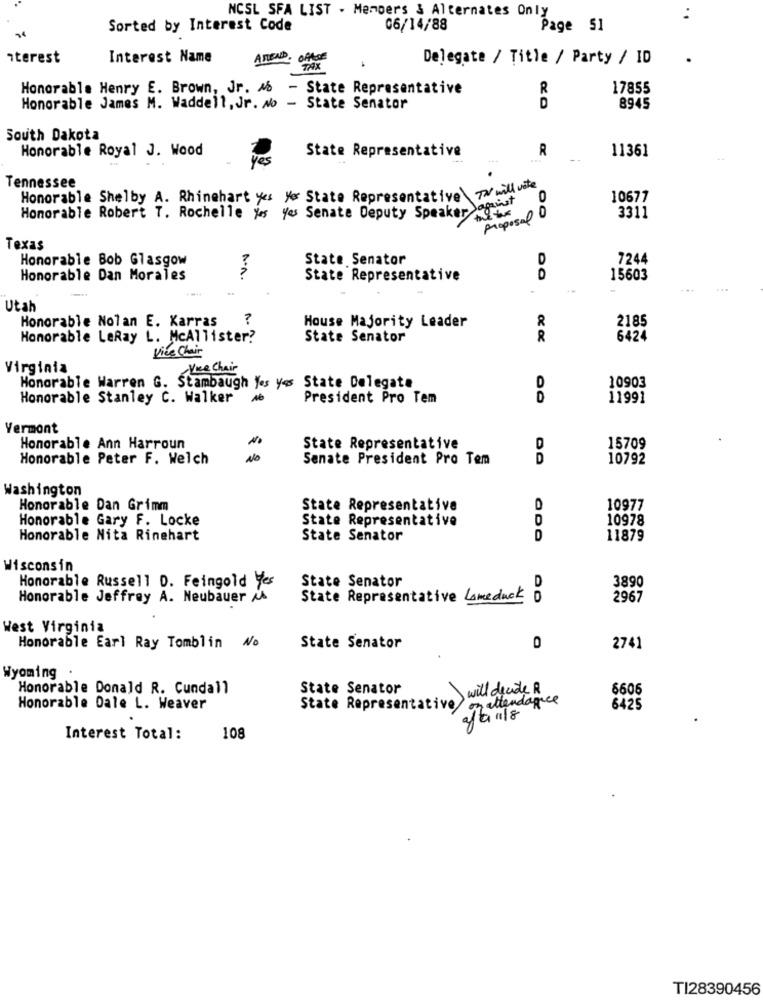
NCSL SFA LIST . Members & Alternates Only
Sorted by Interest Code
06/14/88
Page 51
nterest
Interest Name
ATTEND. OFFRE
Delegate / Title / Party / ID
TAX
Honorable Henry E. Brown, Jr. Ab - State Representative
R
17855
Honorable James M. Waddell, Jr. No - State Senator
D
8945
South Dakota
Honorable Royal J. Wood
State Representative
R
11361
Yes
Tennessee
Honorable Shelby A. Rhinehart yes yer State Representative\ TN will work
against
10677
Honorable Robert T. Rochelle yes yes Senate Deputy Speaker
proposal D
3311
Texas
Honorable Bob Glasgow
State Senator
7244
Honorable Dan Morales
State Representative
DO
15603
-
Utah
Honorable Nolan E. Karras
?
2185
House Majority Leader
Honorable LeRay L. McAllister?
State Senator
R
6424
Vice Chair
Virginia
Vice Chair
Honorable Warren G. Stambaugh Yes yes State Delegate
D
10903
Honorable Stanley C. Walker Ab
President Pro Tem
D
11991
Vermont
Honorable Ann Harroun
State Representative
D
15709
Honorable Peter F. Welch
No
Senate President Pro Tem
D
10792
Washington
Honorable Dan Grimm
State Representative
10977
Honorable Gary F. Locke
State Representative
10978
Honorable Nita Rinehart
State Senator
D
11879
Wisconsin
Honorable Russell D. Feingold Yes
State Senator
D
3890
Honorable Jeffrey A. Neubauer AA
State Representative Lameduck D
2967
West Virginia
Honorable Earl Ray Tomblin No
State Senator
2741
Wyoming .
Honorable Donald R. Cundall
State Senator
will decide R
6606
o attendance
Honorable Dale L. Weaver
State Represent
6425
afa11/8
Interest Total:
108
TI28390456